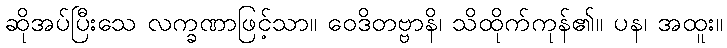
ဆိုအပ်ပြီးသေ လက္ခဏာဖြင့်သာ။ ဝေဒိတဗ္ဗာနိ၊ သိထိုက်ကုန်၏။ ပန၊ အထူး။